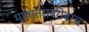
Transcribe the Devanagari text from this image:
भाषांतराबरोबरच